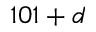
1 0 1 + d